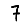
Digit: 7